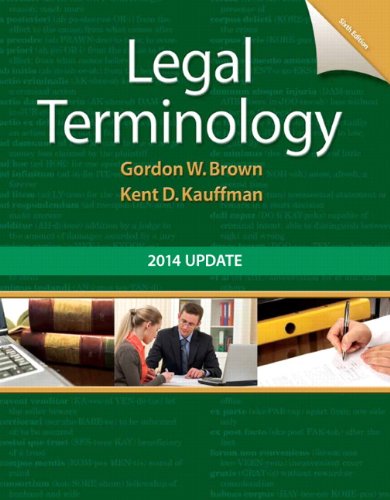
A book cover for Legal Terminology: 2014 Update (6th Edition); Gordon Brown; Law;